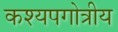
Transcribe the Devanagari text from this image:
कश्यपगोत्रीय